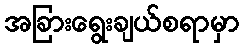
အခြားရွေးချယ်စရာမှာ